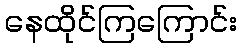
နေထိုင်ကြကြောင်း